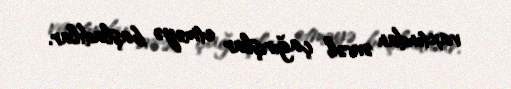
vaxtından əvvəl çağırışlar etməyə başladılar.